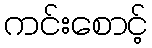
ကင်းစောင့်